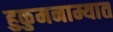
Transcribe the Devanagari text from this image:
हुकुमनाम्यात